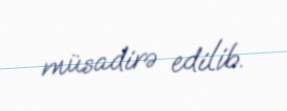
müsadirə edilib.